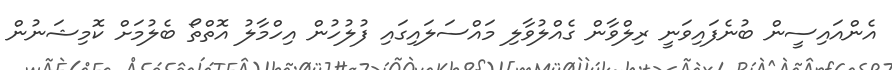
އެންއައިސީން ބުނެފައިވަނީ ރިލްވާން ގެއްލުވާލި މައްސަލައިގައި ފުލުހުން އިހްމާލު އޮތްތޯ ބެލުމަށް ކޮމިޝަނުން